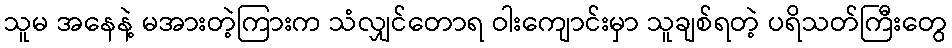
သူမ အနေနဲ့ မအားတဲ့ကြားက သံလျှင်တောရ ဝါးကျောင်းမှာ သူချစ်ရတဲ့ ပရိသတ်ကြီးတွေ